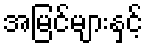
အမြင်များနှင့်